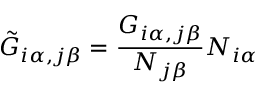
\tilde { G } _ { i \alpha , j \beta } = \frac { G _ { i \alpha , j \beta } } { N _ { j \beta } } N _ { i \alpha }